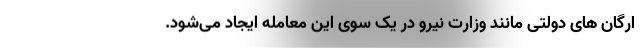
ارگان های دولتی مانند وزارت نیرو در یک سوی این معامله ایجاد می‌شود.